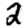
Digit: 2